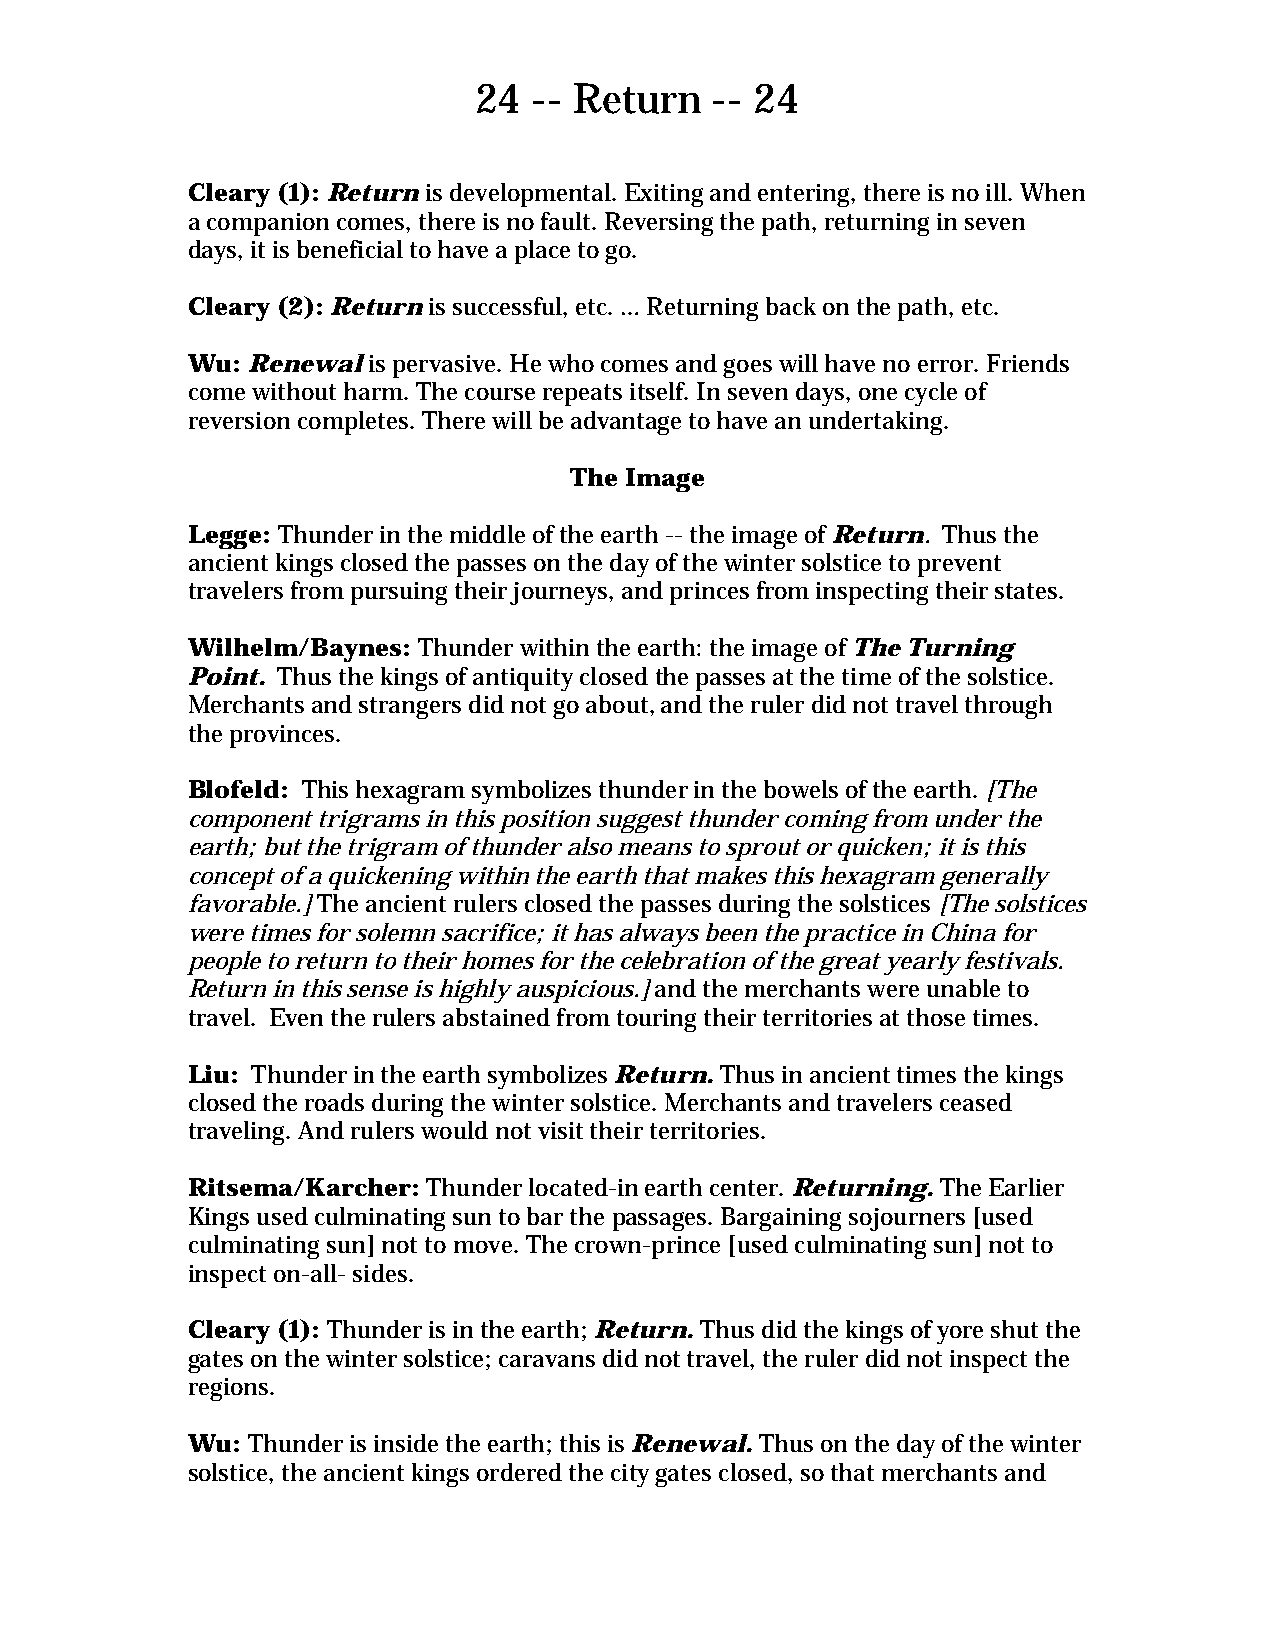
24  -- Return   -- 24
 Cleary (1): Return is developmental. Exiting and entering, there is no ill. When
 a companion comes, there is no fault. Reversing the path, returning in seven
 days, it is beneficial to have a place to go.
 Cleary (2): Return is successful, etc. … Returning back on the path, etc.
 Wu: Renewal is pervasive. He who comes and goes will have no error. Friends
 come without harm. The course repeats itself. In seven days, one cycle of
 reversion completes. There will be advantage to have an undertaking.
 The Image
 Legge: Thunder in the middle of the earth -- the image of Return. Thus the
 ancient kings closed the passes on the day of the winter solstice to prevent
 travelers from pursuing their journeys, and princes from inspecting their states.
 Wilhelm/Baynes: Thunder within the earth: the image of The Turning
 Point. Thus the kings of antiquity closed the passes at the time of the solstice.
 Merchants and strangers did not go about, and the ruler did not travel through
 the provinces.
 Blofeld: This hexagram symbolizes thunder in the bowels of the earth. [The
 component trigrams in this position suggest thunder coming from under the
 earth; but the trigram of thunder also means to sprout or quicken; it is this
 concept of a quickening within the earth that makes this hexagram generally
 favorable.] The ancient rulers closed the passes during the solstices [The solstices
 were times for solemn sacrifice; it has always been the practice in China for
 people to return to their homes for the celebration of the great yearly festivals.
 Return in this sense is highly auspicious.] and the merchants were unable to
 travel. Even the rulers abstained from touring their territories at those times.
 Liu: Thunder in the earth symbolizes Return. Thus in ancient times the kings
 closed the roads during the winter solstice. Merchants and travelers ceased
 traveling. And rulers would not visit their territories.
 Ritsema/Karcher: Thunder located-in earth center. Returning. The Earlier
 Kings used culminating sun to bar the passages. Bargaining sojourners [used
 culminating sun] not to move. The crown-prince [used culminating sun] not to
 inspect on-all- sides.
 Cleary (1): Thunder is in the earth; Return. Thus did the kings of yore shut the
 gates on the winter solstice; caravans did not travel, the ruler did not inspect the
 regions.
 Wu: Thunder is inside the earth; this is Renewal. Thus on the day of the winter
 solstice, the ancient kings ordered the city gates closed, so that merchants and